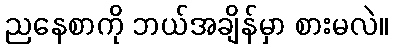
ညနေစာကို ဘယ်အချိန်မှာ စားမလဲ။